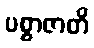
ပစ္စာဇာတိ